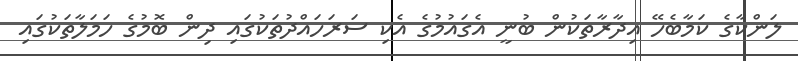
ލަންކާގެ ކަމާބެހޭ އިދާރާތަކުން ބުނީ އެގައުމުގެ އެކި ސަރަހައްދުތަކުގައި ދިން ބޮމުގެ ހަމަލާތަކުގައި